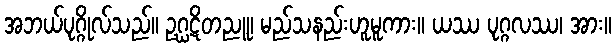
အဘယ်ပုဂ္ဂိုလ်သည်။ ဥဂ္ဃဋိတညူ၊ မည်သနည်းဟူမူကား။ ယဿ ပုဂ္ဂလဿ၊ အား။